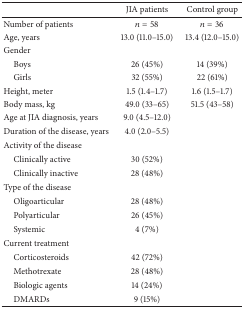
<table><thead><tr><td><b> </b></td><td><b>JIA patients</b></td><td><b>Control group</b></td></tr></thead><tbody><tr><td>Number of patients</td><td><i>n</i> = 58</td><td><i>n</i> = 36</td></tr><tr><td>Age, years</td><td>13.0 (11.0–15.0)</td><td>13.4 (12.0–15.0)</td></tr><tr><td>Gender</td><td> </td><td> </td></tr><tr><td> Boys</td><td>26 (45%)</td><td>14 (39%)</td></tr><tr><td> Girls</td><td>32 (55%)</td><td>22 (61%)</td></tr><tr><td>Height, meter</td><td>1.5 (1.4–1.7)</td><td>1.6 (1.5–1.7)</td></tr><tr><td>Body mass, kg</td><td>49.0 (33–65)</td><td>51.5 (43–58)</td></tr><tr><td>Age at JIA diagnosis, years</td><td>9.0 (4.5–12.0)</td><td> </td></tr><tr><td>Duration of the disease, years</td><td>4.0 (2.0–5.5)</td><td> </td></tr><tr><td>Activity of the disease</td><td> </td><td> </td></tr><tr><td> Clinically active</td><td>30 (52%)</td><td> </td></tr><tr><td> Clinically inactive</td><td>28 (48%)</td><td> </td></tr><tr><td>Type of the disease</td><td> </td><td> </td></tr><tr><td> Oligoarticular</td><td>28 (48%)</td><td> </td></tr><tr><td> Polyarticular</td><td>26 (45%)</td><td> </td></tr><tr><td> Systemic</td><td>4 (7%)</td><td> </td></tr><tr><td>Current treatment</td><td> </td><td> </td></tr><tr><td> Corticosteroids</td><td>42 (72%)</td><td> </td></tr><tr><td> Methotrexate</td><td>28 (48%)</td><td> </td></tr><tr><td> Biologic agents</td><td>14 (24%)</td><td> </td></tr><tr><td> DMARDs</td><td>9 (15%)</td><td> </td></tr></tbody></table>